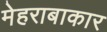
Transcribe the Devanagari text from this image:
मेहराबाकार